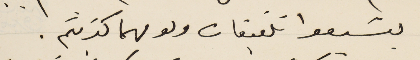
يشيعوا تلفيقات ولو مهما كذبتم.